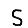
Digit: 5